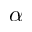
\alpha